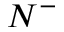
N ^ { - }